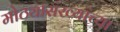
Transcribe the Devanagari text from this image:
मोठ्यासंख्यांच्या